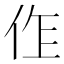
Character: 𠈨